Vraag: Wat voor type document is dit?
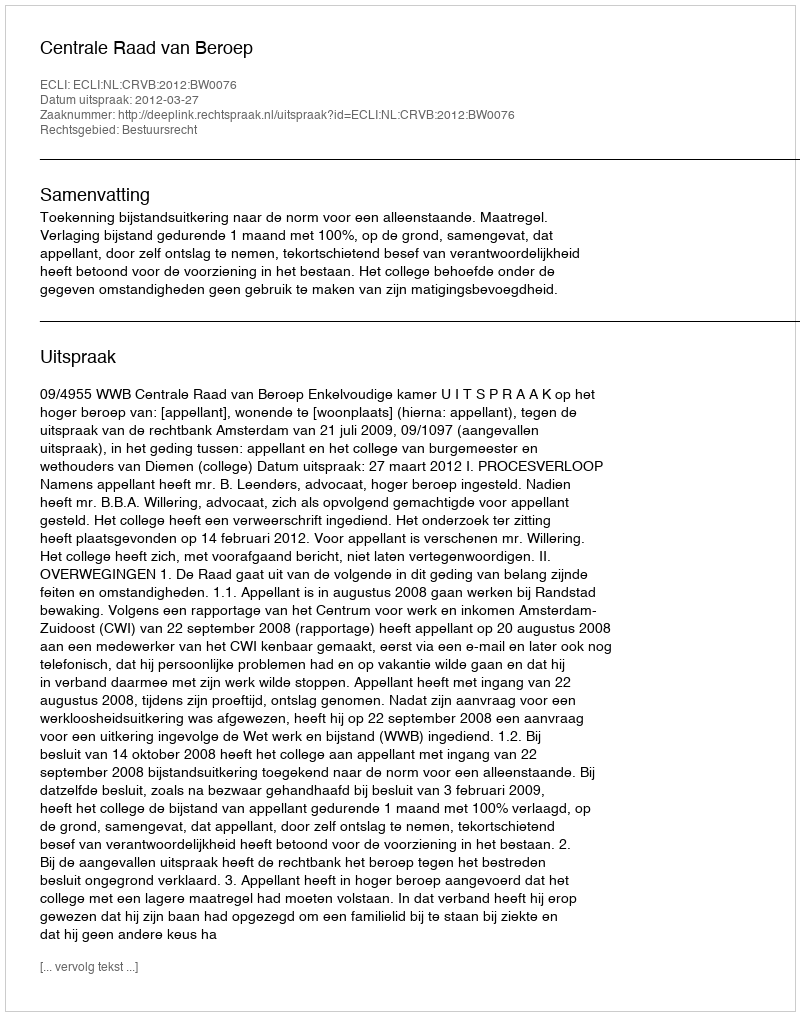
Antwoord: Uitspraak